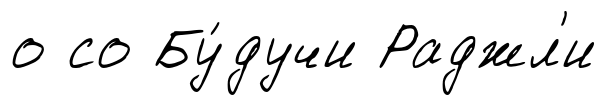
о со Бу́дучи Раджл'и